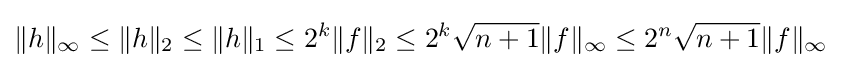
\|h\|_{\infty }\leq \|h\|_{2}\leq \|h\|_{1}\leq 2^{k}\|f\|_{2}\leq 2^{k}{\sqrt {n+1}}\|f\|_{\infty }\leq 2^{n}{\sqrt {n+1}}\|f\|_{\infty }